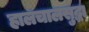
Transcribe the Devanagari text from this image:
हालचालसुद्धा